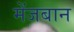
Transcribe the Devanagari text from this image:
मेंजबान